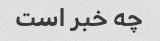
چه خبر است